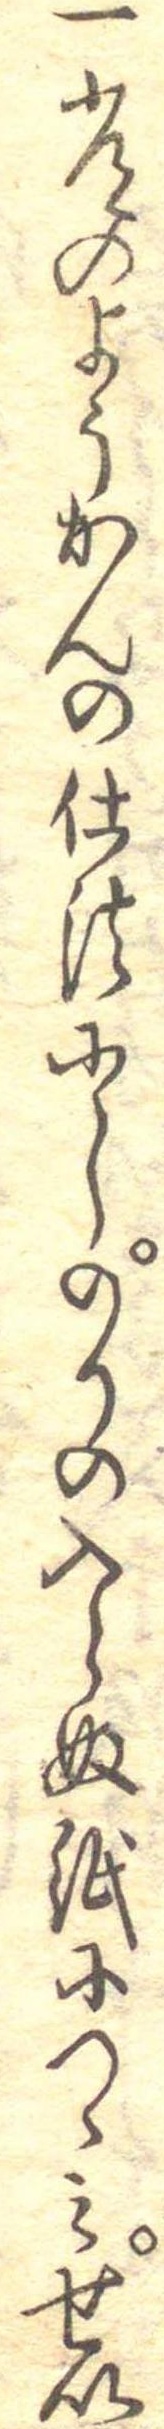
一常のようかんの仕法にしのりの入らぬ紙につゝみせい